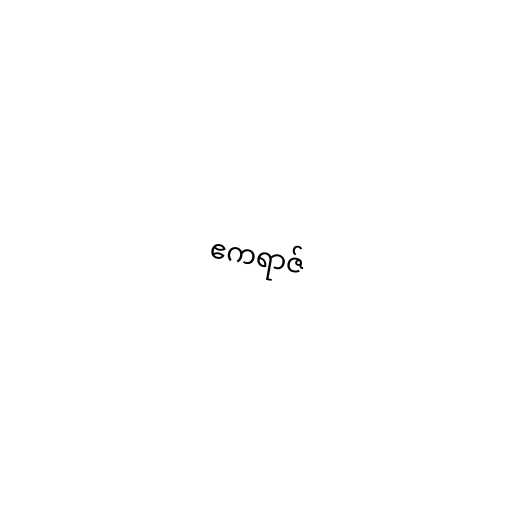
ဧကရာဇ်